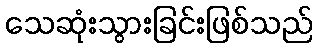
သေဆုံးသွားခြင်းဖြစ်သည်